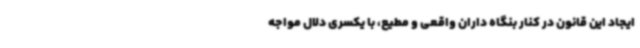
ایجاد این قانون در کنار بنگاه داران واقعی و مطیع، با یکسری دلال مواجه